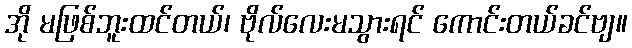
အို မဖြစ်ဘူးထင်တယ်၊ ဗိုလ်လေးမသွားရင် ကောင်းတယ်ခင်ဗျ။